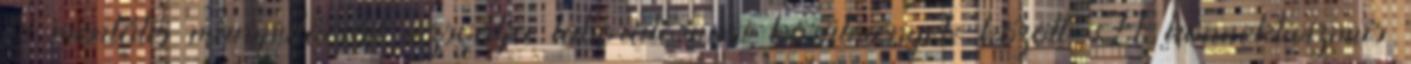
és mentális manipulációit vizsgálja laboratóriumi körülmények között. A konnektivizmus